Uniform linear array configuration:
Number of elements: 32
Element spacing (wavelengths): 1
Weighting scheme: hamming
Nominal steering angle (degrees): -45
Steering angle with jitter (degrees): -46.314
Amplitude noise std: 0.05
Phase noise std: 0.05

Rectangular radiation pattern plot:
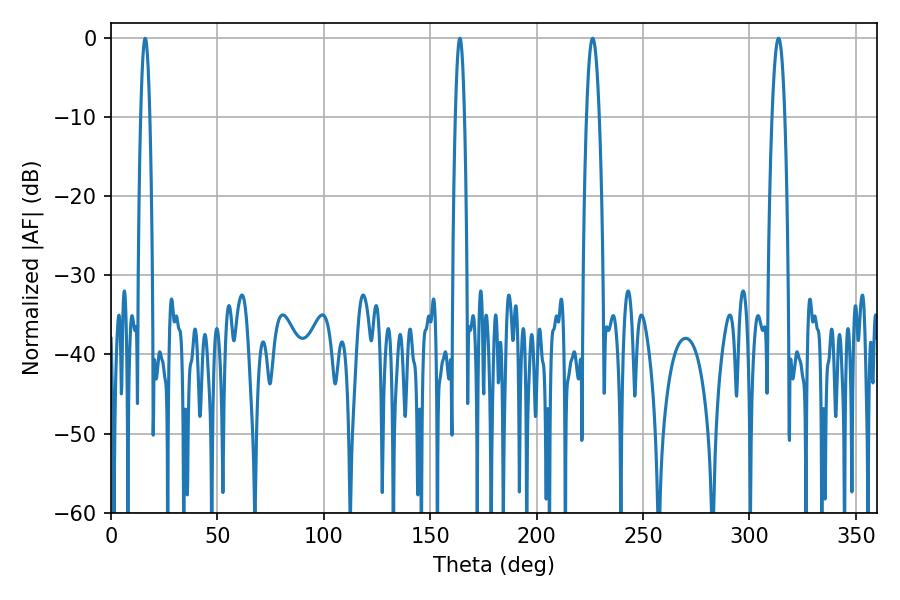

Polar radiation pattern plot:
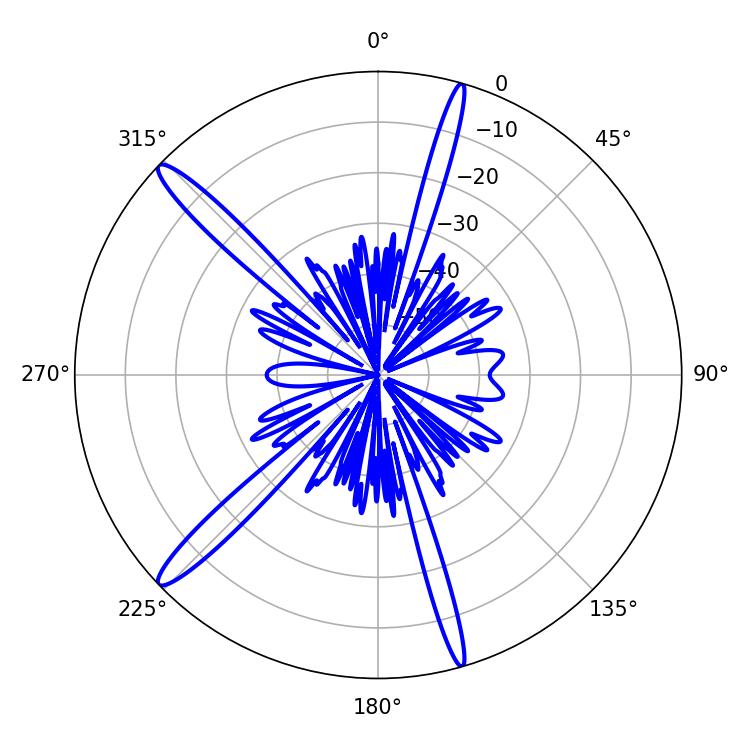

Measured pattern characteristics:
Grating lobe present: TRUE
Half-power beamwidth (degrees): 2.34
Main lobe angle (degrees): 16.02